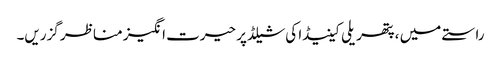
راستے میں ، پتھریلی کینیڈا کی شیلڈ پر حیرت انگیز مناظر گزریں۔